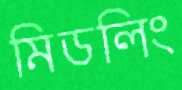
মিডলিং